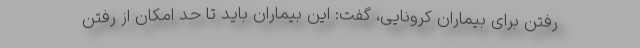
رفتن برای بیماران کرونایی، گفت: این بیماران باید تا حد امکان از رفتن